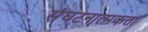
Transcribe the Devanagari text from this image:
संघटनात्मकता